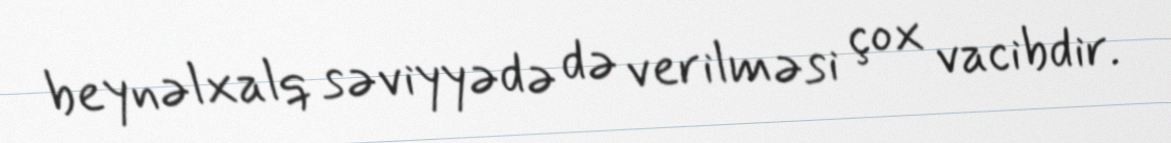
beynəlxalq səviyyədə də verilməsi çox vacibdir.